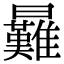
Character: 㬮